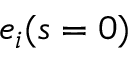
e _ { i } ( s = 0 )